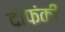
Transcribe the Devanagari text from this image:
दोफंकी